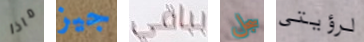
ماذا جيز بباقي سجل لرؤيتى